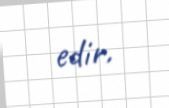
edir.